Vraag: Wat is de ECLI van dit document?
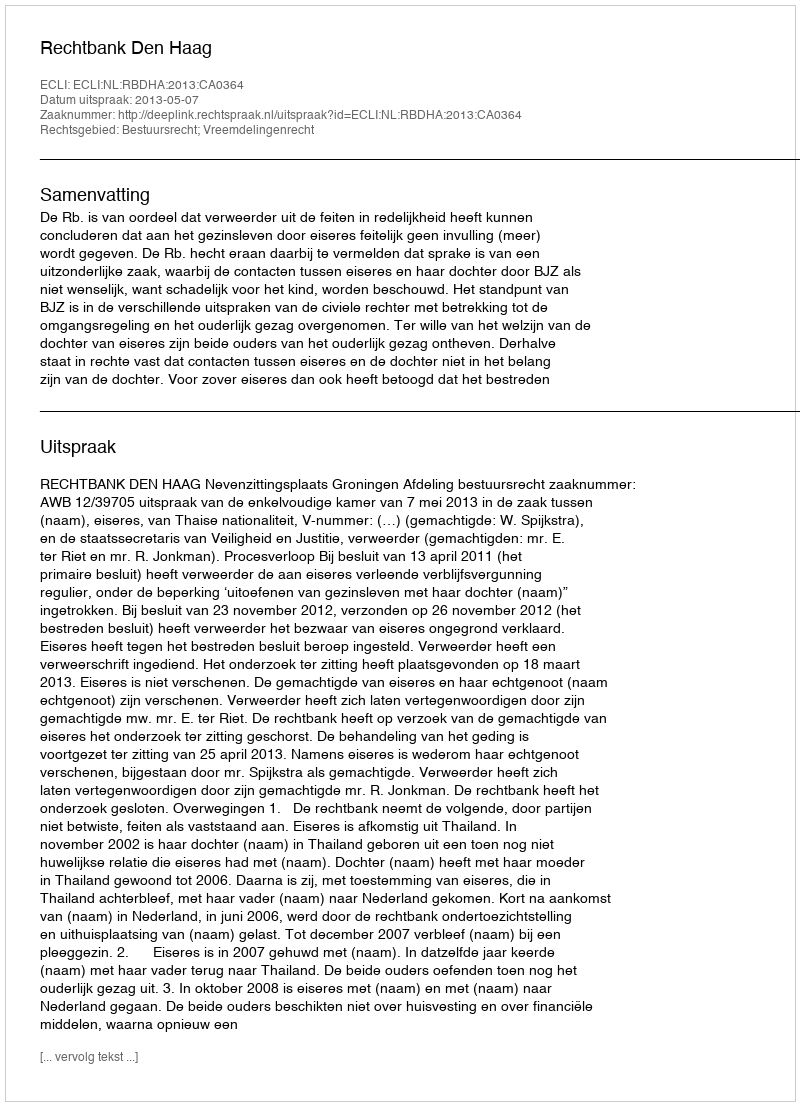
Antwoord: ECLI:NL:RBDHA:2013:CA0364